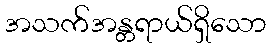
အသက်အန္တရာယ်ရှိသော